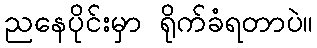
ညနေပိုင်းမှာ ရိုက်ခံရတာပဲ။